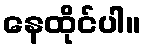
နေထိုင်ပါ။